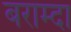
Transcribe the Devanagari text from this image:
बराम्दा